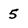
Character: 5